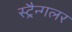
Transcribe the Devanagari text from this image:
स्ट्रैन्गलर